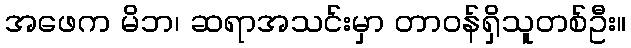
အဖေက မိဘ၊ ဆရာအသင်းမှာ တာဝန်ရှိသူတစ်ဦး။